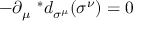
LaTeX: - \partial _ { \mu } \ ^ { * } d _ { \sigma ^ { \mu } } ( \sigma ^ { \nu } ) = 0